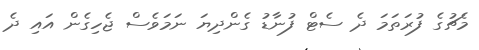
މެޗުގެ ފުރަތަމަ ދެ ސެޓް ފުނާޑު ގެންދިޔަ ނަމަވެސް ޖެހިގެން އައި ދެ